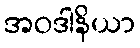
အဝဒါနိယာ